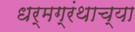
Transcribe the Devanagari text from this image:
धर्मग्रंथाच्या